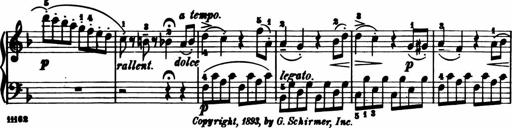
Title: 11 Sonatinas for Piano Solo
Composer: Anton Diabelli